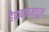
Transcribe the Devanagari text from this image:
हैद्राबादमधून